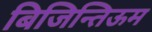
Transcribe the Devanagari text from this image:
बिजिन्तिऊम